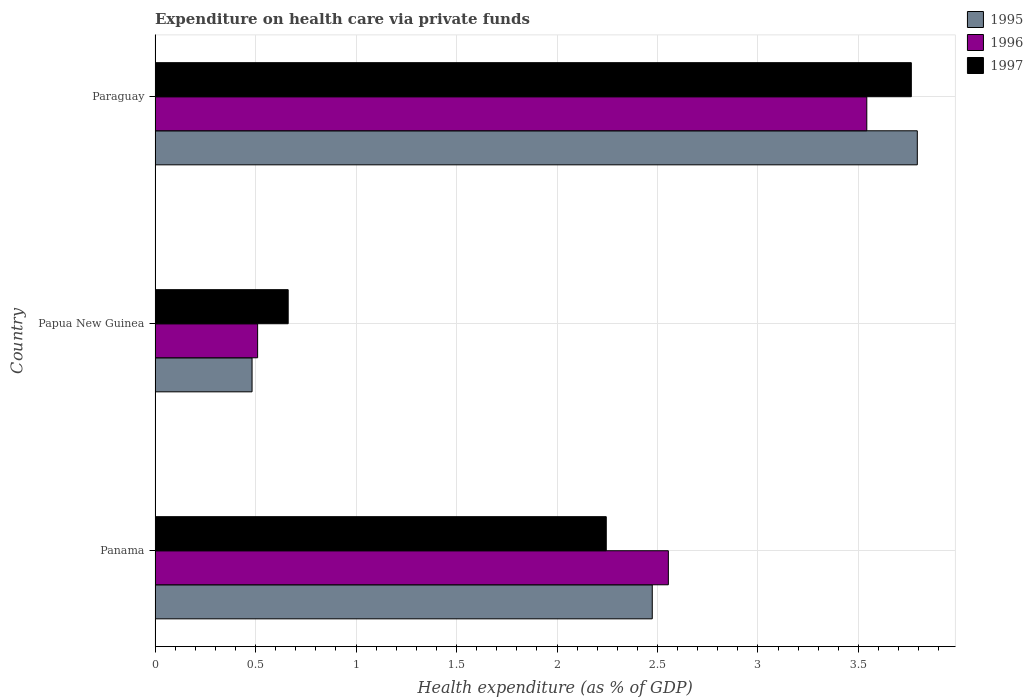
| Country | 1995 | 1996 | 1997 |
 | --- | --- | --- | --- |
 | Panama | 2.47 | 2.55 | 2.25 |
 | Papua New Guinea | 0.483 | 0.51 | 0.662 |
 | Paraguay | 3.79 | 3.54 | 3.76 |